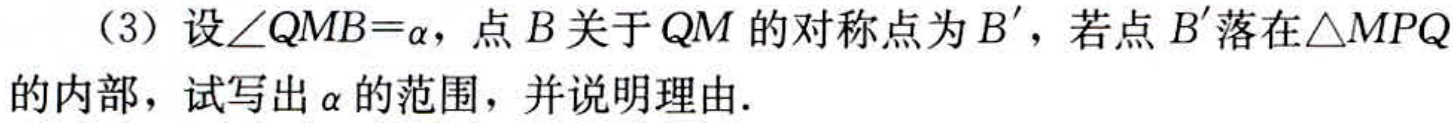
（3）设\(\angle QMB = \alpha\)，点\(B\)关于\(QM\)的对称点为\(B'\)，若点\(B'\)落在\(\triangle MPQ\)的内部，试写出\(\alpha\)的范围，并说明理由.